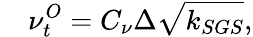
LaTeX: \quad\nu_{t}^{O}=C_{\nu}\Delta\sqrt{k_{SGS}},